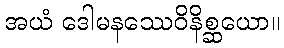
အယံ ဒေါမနဿေဝိနိစ္ဆယော။